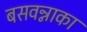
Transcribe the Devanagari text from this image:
बसवन्नाका